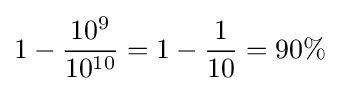
1-{\frac {10^{9}}{10^{10}}}=1-{\frac {1}{10}}=90\%